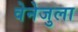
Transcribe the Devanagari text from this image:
वेनेजुला